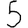
Digit: 5